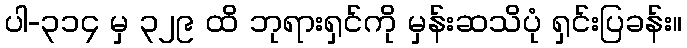
ပါ-၃၁၄ မှ ၃၂၉ ထိ ဘုရားရှင်ကို မှန်းဆသိပုံ ရှင်းပြခန်း။